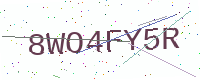
Text: 8WO4FY5R